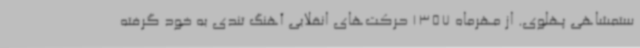
ستمشاهی پهلوی. از مهرماه 1357 حرکت‌های انقلابی آهنگ تندی به خود گرفته